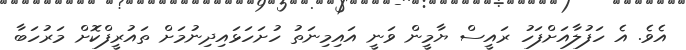
އެވެ. އެ ހަފުލާއަށްފަހު ރައީސް ޔާމީން ވަނީ އައިމިނަތު ހުށަހަޅައިދިނުމަށް ތައުރީފްކޮށް މަރުހަބާ